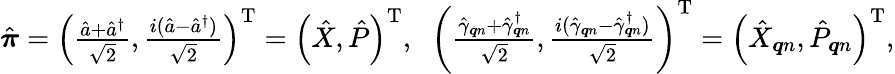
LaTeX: \begin{array}{r}{\hat{\boldsymbol{\pi}}=\left(\frac{\hat{a}+\hat{a}^{\dagger}}{\sqrt{2}},\frac{i(\hat{a}-\hat{a}^{\dagger})}{\sqrt{2}}\right)^{\mathrm{T}}=\left(\hat{X},\hat{P}\right)^{\mathrm{T}},\; \; \left(\frac{\hat{\gamma}_{\boldsymbol{q}n}+\hat{\gamma}_{\boldsymbol{q}n}^{\dagger}}{\sqrt{2}},\frac{i(\hat{\gamma}_{\boldsymbol{q}n}-\hat{\gamma}_{\boldsymbol{q}n}^{\dagger})}{\sqrt{2}}\right)^{\mathrm{T}}=\left(\hat{X}_{\boldsymbol{q}n},\hat{P}_{\boldsymbol{q}n}\right)^{\mathrm{T}},}\end{array}